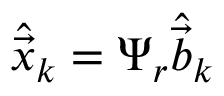
\hat { \vec { x } } _ { k } = \Psi _ { r } \hat { \vec { b } } _ { k }